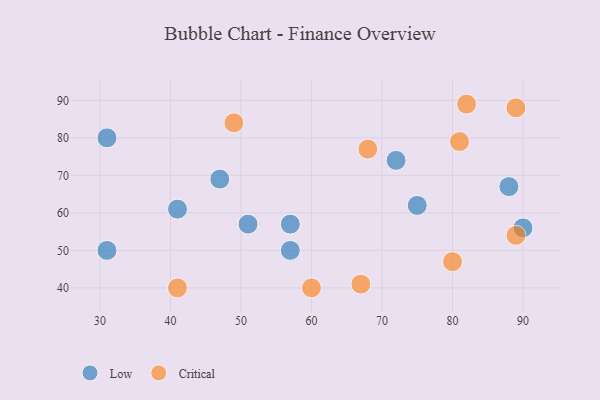
{"axis": {"x": "GDP", "y": "Life Expectancy"}, "legend": ["Critical", "Low"], "data": [{"x": "72", "y": 74, "type": "Low"}, {"x": "57", "y": 50, "type": "Low"}, {"x": "47", "y": 69, "type": "Low"}, {"x": "90", "y": 56, "type": "Low"}, {"x": "31", "y": 80, "type": "Low"}, {"x": "75", "y": 62, "type": "Low"}, {"x": "41", "y": 61, "type": "Low"}, {"x": "51", "y": 57, "type": "Low"}, {"x": "31", "y": 50, "type": "Low"}, {"x": "88", "y": 67, "type": "Low"}, {"x": "57", "y": 57, "type": "Low"}, {"x": "80", "y": 47, "type": "Critical"}, {"x": "81", "y": 79, "type": "Critical"}, {"x": "82", "y": 89, "type": "Critical"}, {"x": "89", "y": 54, "type": "Critical"}, {"x": "60", "y": 40, "type": "Critical"}, {"x": "67", "y": 41, "type": "Critical"}, {"x": "89", "y": 88, "type": "Critical"}, {"x": "41", "y": 40, "type": "Critical"}, {"x": "68", "y": 77, "type": "Critical"}, {"x": "49", "y": 84, "type": "Critical"}]}